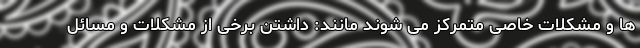
ها و مشکلات خاصی متمرکز می شوند مانند: داشتن برخی از مشکلات و مسائل